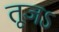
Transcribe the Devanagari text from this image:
तूजऽ